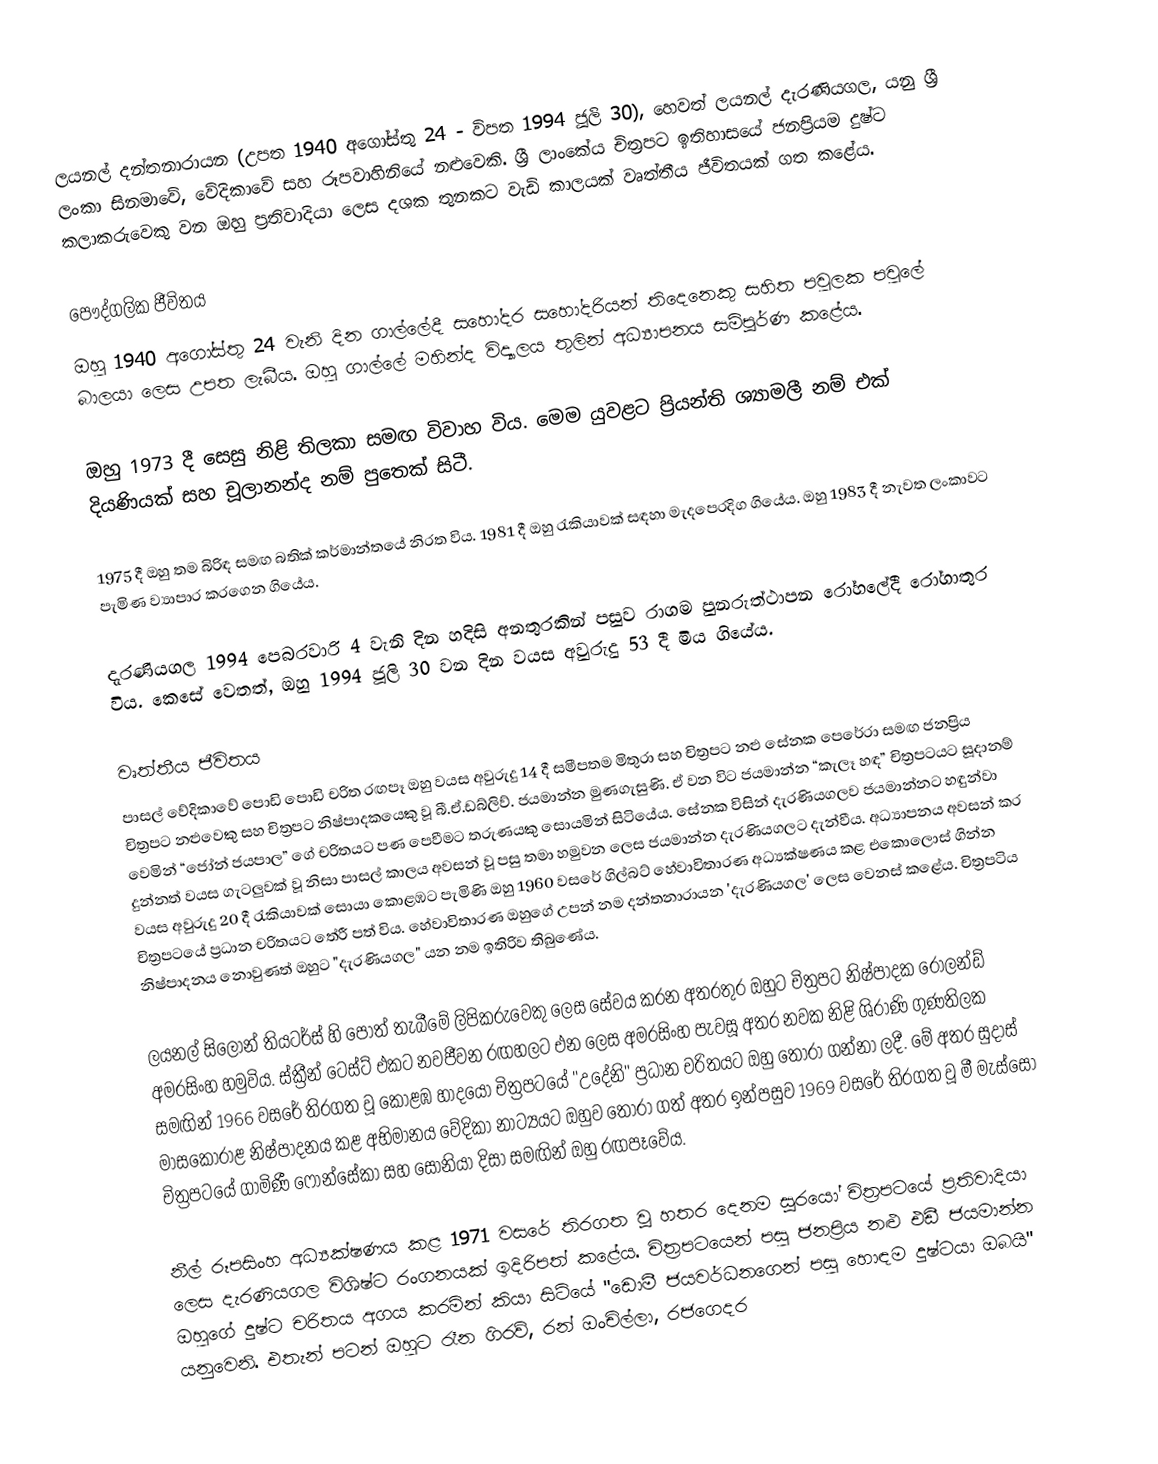
ලයනල් දන්තනාරායන (උපත 1940 අගෝස්තු 24 - විපත 1994 ජූලි 30), හෙවත් ලයනල් දැරණියගල, යනු ශ්‍රී ලංකා සිනමාවේ, වේදිකාවේ සහ රූපවාහිනියේ නළුවෙකි. ශ්‍රී ලාංකේය චිත්‍රපට ඉතිහාසයේ ජනප්‍රියම දුෂ්ට කලාකරුවෙකු වන ඔහු ප්‍රතිවාදියා ලෙස දශක තුනකට වැඩි කාලයක් වෘත්තීය ජීවිතයක් ගත කළේය.

පෞද්ගලික ජීවිතය
ඔහු 1940 අගෝස්තු 24 වැනි දින ගාල්ලේදී සහෝදර සහෝදරියන් තිදෙනෙකු සහිත පවුලක පවුලේ බාලයා ලෙස උපත ලැබීය. ඔහු ගාල්ලේ මහින්ද විද්‍යාලය තුලින් අධ්‍යාපනය සම්පූර්ණ කළේය.

ඔහු 1973 දී සෙසු නිළි තිලකා සමඟ විවාහ විය. මෙම යුවළට ප්‍රියන්ති ශ්‍යාමලී නම් එක් දියණියක් සහ චූලානන්ද නම් පුතෙක් සිටී.

1975 දී ඔහු තම බිරිඳ සමඟ බතික් කර්මාන්තයේ නිරත විය. 1981 දී ඔහු රැකියාවක් සඳහා මැදපෙරදිග ගියේය. ඔහු 1983 දී නැවත ලංකාවට පැමිණ ව්‍යාපාර කරගෙන ගියේය.

දැරණියගල 1994 පෙබරවාරි 4 වැනි දින හදිසි අනතුරකින් පසුව රාගම පුනරුත්ථාපන රෝහලේදී රෝගාතුර විය. කෙසේ වෙතත්, ඔහු 1994 ජූලි 30 වන දින වයස අවුරුදු 53 දී මිය ගියේය.

වෘත්තීය ජීවිතය
පාසල් වේදිකාවේ පොඩි පොඩි චරිත රඟපෑ ඔහු වයස අවුරුදු 14 දී සමීපතම මිතුරා සහ චිත්‍රපට නළු සේනක පෙරේරා සමඟ ජනප්‍රිය චිත්‍රපට නළුවෙකු සහ චිත්‍රපට නිෂ්පාදකයෙකු වූ බී.ඒ.ඩබ්ලිව්. ජයමාන්න මුණගැසුණි. ඒ වන විට ජයමාන්න “කැලෑ හඳ” චිත්‍රපටයට සූදානම් වෙමින් “ජෝන් ජයපාල” ගේ චරිතයට පණ පෙවීමට තරුණයකු සොයමින් සිටියේය. සේනක විසින් දැරණියගලව ජයමාන්නට හඳුන්වා දුන්නත් වයස ගැටලුවක් වූ නිසා පාසල් කාලය අවසන් වූ පසු තමා හමුවන ලෙස ජයමාන්න දැරණියගලට දැන්වීය. අධ්‍යාපනය අවසන් කර වයස අවුරුදු 20 දී රැකියාවක් සොයා කොළඹට පැමිණි ඔහු 1960 වසරේ ගිල්බට් හේවාවිතාරණ අධ්‍යක්ෂණය කළ එකොලොස් ගින්න චිත්‍රපටයේ ප්‍රධාන චරිතයට තේරී පත් විය. හේවාවිතාරණ ඔහුගේ උපන් නම දන්තනාරායන 'දැරණියගල' ලෙස වෙනස් කළේය. චිත්‍රපටිය නිෂ්පාදනය නොවුණත් ඔහුට "දැරණියගල" යන නම ඉතිරිව තිබුණේය.

ලයනල් සිලෝන් තියටර්ස් හි පොත් තැබීමේ ලිපිකරුවෙකු ලෙස සේවය කරන අතරතුර ඔහුට චිත්‍රපට නිෂ්පාදක රෝලන්ඩ් අමරසිංහ හමුවිය. ස්ක්‍රීන් ටෙස්ට් එකට නවජීවන රඟහලට එන ලෙස අමරසිංහ පැවසූ අතර නවක නිළි ශිරාණි ගුණතිලක සමඟින් 1966 වසරේ තිරගත වූ කොළඹ හාදයෝ චිත්‍රපටයේ "උදේනි" ප්‍රධාන චරිතයට ඔහු තෝරා ගන්නා ලදී. මේ අතර සුදාස් මාසකෝරාළ නිෂ්පාදනය කළ අභිමානය වේදිකා නාට්‍යයට ඔහුව තෝරා ගත් අතර ඉන්පසුව 1969 වසරේ තිරගත වූ මී මැස්සෝ චිත්‍රපටයේ ගාමිණී ෆොන්සේකා සහ සෝනියා දිසා සමඟින් ඔහු රඟපෑවේය.

නීල් රූපසිංහ අධ්‍යක්ෂණය කළ 1971 වසරේ තිරගත වූ හතර දෙනම සූරයෝ චිත්‍රපටයේ ප්‍රතිවාදියා ලෙස දැරණියගල විශිෂ්ට රංගනයක් ඉදිරිපත් කළේය. චිත්‍රපටයෙන් පසු ජනප්‍රිය නළු එඩී ජයමාන්න ඔහුගේ දුෂ්ට චරිතය අගය කරමින් කියා සිටියේ "ඩොමී ජයවර්ධනගෙන් පසු හොඳම දුෂ්ටයා ඔබයි" යනුවෙනි. එතැන් පටන් ඔහුට රෑන ගිරව්, රන් ඔංචිල්ලා, රජගෙදර